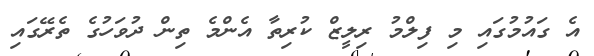
އެ ގައުމުގައި މި ފިލްމު ރިލީޒް ކުރިތާ އެންމެ ތިން ދުވަހުގެ ތެރޭގައި